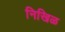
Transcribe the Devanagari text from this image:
निखिळ